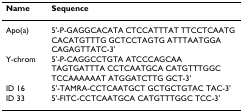
| Name | Sequence |
 | --- | --- |
 | Apo(a) | 5'-P-GAGGCACATA CTCCATTTAT TTCCTCAATG CACATGTTTG GCTCCTAGTG ATTTAATGGA CAGAGTTATC-3' |
 | Y-chrom | 5'-P-CAGGCCTGTA ATCCCAGCAA TAGTGATTTA CCTCAATGCA CATGTTTGGC TCCAAAAAAT ATGGATCTTG GCT-3' |
 | ID 16 | 5'-TAMRA-CCTCAATGCT GCTGCTGTAC TAC-3' |
 | ID 33 | 5'-FITC-CCTCAATGCA CATGTTTGGC TCC-3' |